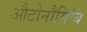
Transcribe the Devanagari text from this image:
औटोनौमिबि